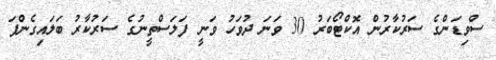
ސްވިޑަންގެ ސަރުކާރުން އޮކްޓޯބަރު 30 ވަނަ ދުވަހު ވަނީ ފަލަސްތީނުގެ ސަރުކާރު ބަލައިގެންފަ